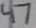
Text: 47